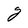
Character: g